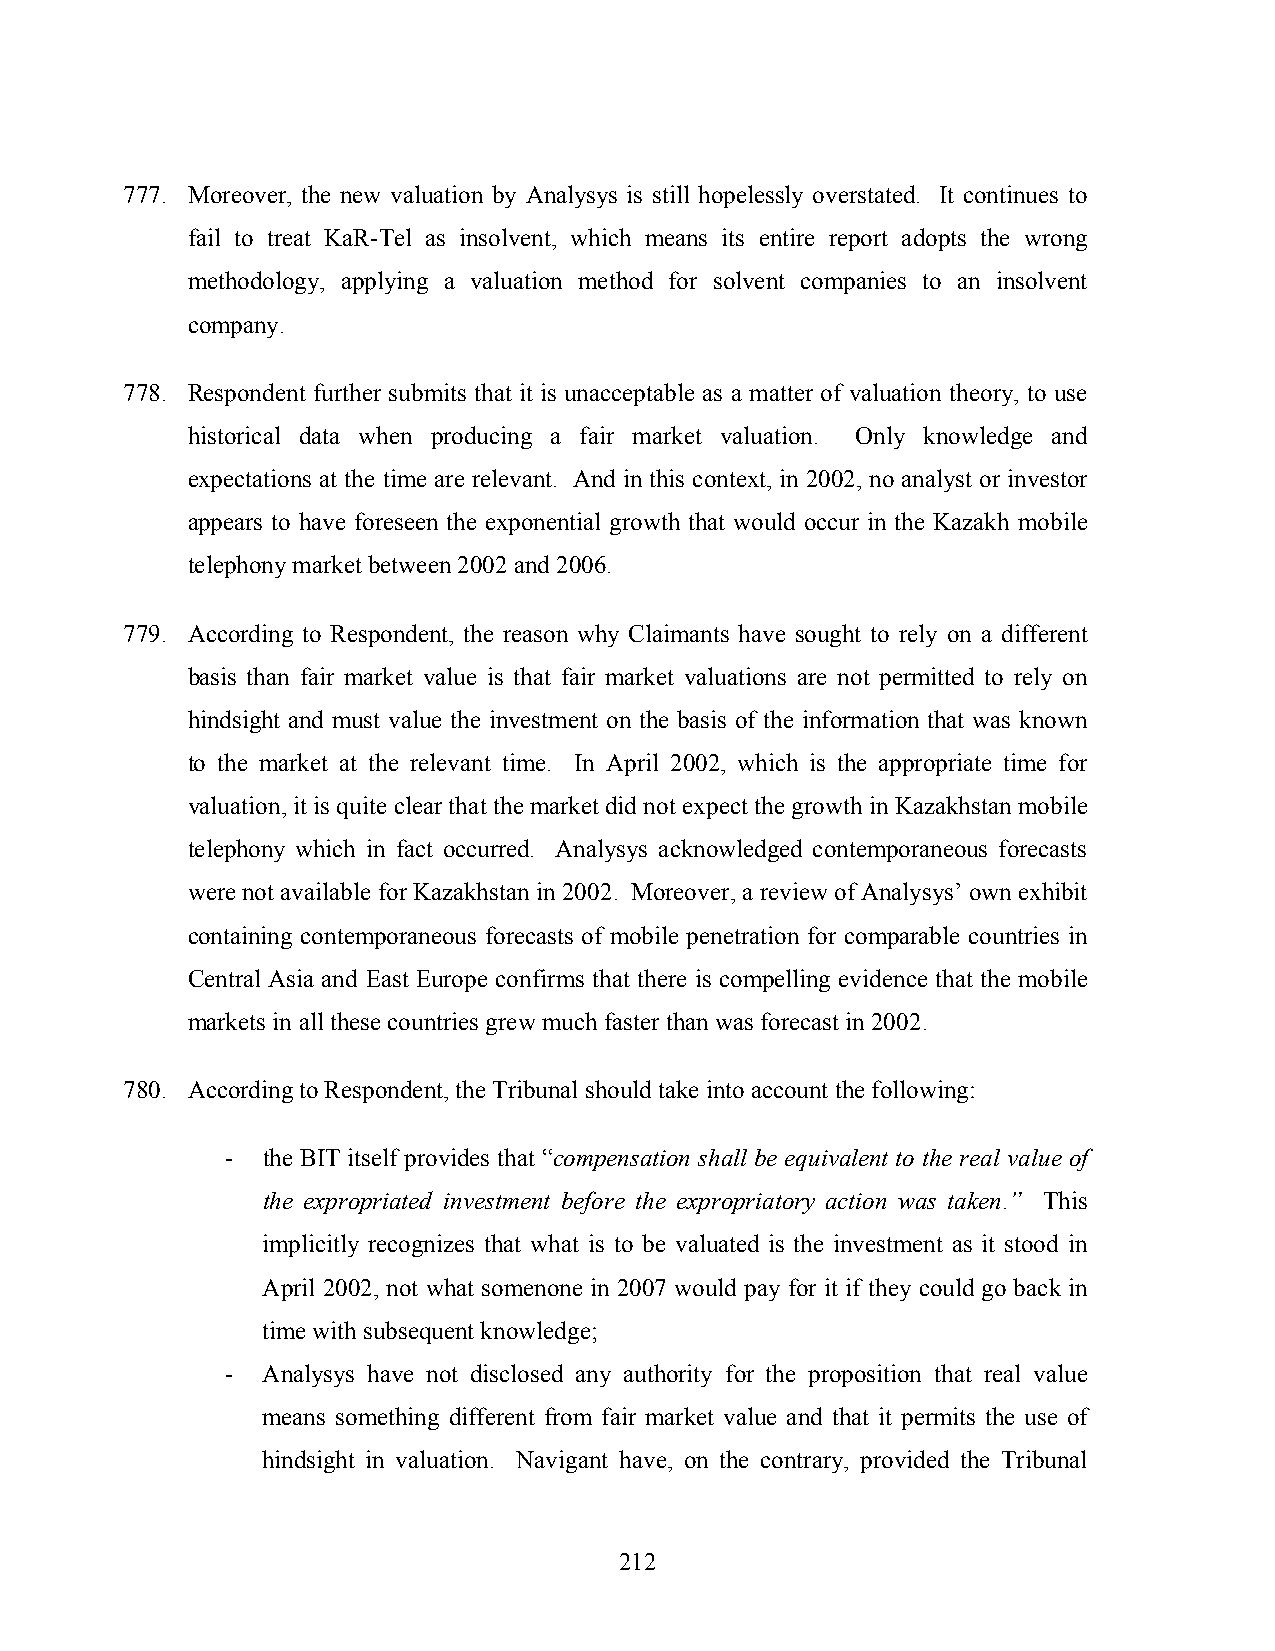
777. Moreover, the new valuation by Analysys is still hopelessly overstated. It continues to
 fail to treat KaR-Tel as insolvent, which means its entire report adopts the wrong
 methodology, applying a valuation method for solvent companies to an insolvent
 company.
 778. Respondent further submits that it is unacceptable as a matter of valuation theory, to use
 historical data when producing a fair market valuation. Only knowledge and
 expectations at the time are relevant. And in this context, in 2002, no analyst or investor
 appears to have foreseen the exponential growth that would occur in the Kazakh mobile
 telephony market between 2002 and 2006.
 779. According to Respondent, the reason why Claimants have sought to rely on a different
 basis than fair market value is that fair market valuations are not permitted to rely on
 hindsight and must value the investment on the basis of the information that was known
 to the market at the relevant time. In April 2002, which is the appropriate time for
 valuation, it is quite clear that the market did not expect the growth in Kazakhstan mobile
 telephony which in fact occurred. Analysys acknowledged contemporaneous forecasts
 were not available for Kazakhstan in 2002. Moreover, a review of Analysys’ own exhibit
 containing contemporaneous forecasts of mobile penetration for comparable countries in
 Central Asia and East Europe confirms that there is compelling evidence that the mobile
 markets in all these countries grew much faster than was forecast in 2002.
 780. According to Respondent, the Tribunal should take into account the following:
 - the BIT itself provides that “compensation shall be equivalent to the real value of
 the expropriated investment before the expropriatory action was taken.” This
 implicitly recognizes that what is to be valuated is the investment as it stood in
 April 2002, not what somenone in 2007 would pay for it if they could go back in
 time with subsequent knowledge;
 - Analysys have not disclosed any authority for the proposition that real value
 means something different from fair market value and that it permits the use of
 hindsight in valuation. Navigant have, on the contrary, provided the Tribunal
 212